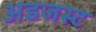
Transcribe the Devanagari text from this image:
अडजस्ट